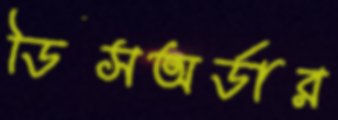
ডিসঅর্ডার